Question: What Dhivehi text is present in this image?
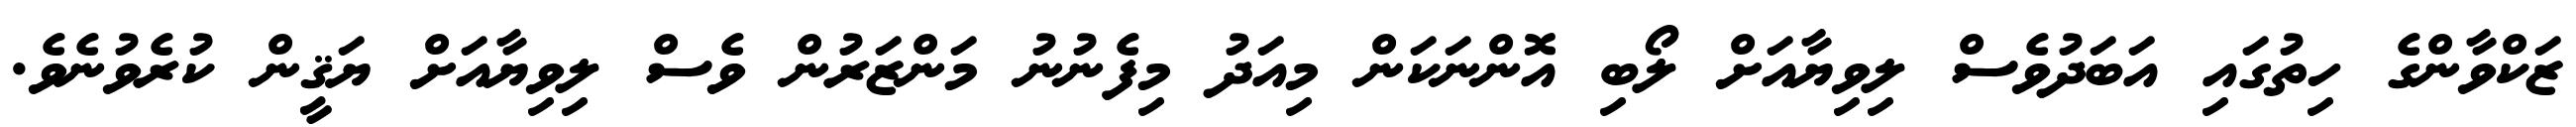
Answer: ޒަކްވާންގެ ހިތުގައި އަބަދުވެސް ލިވިޔާއަށް ލޯބި އޮންނަކަން މިއަދު މިފެނުނު މަންޒަރުން ވެސް ލިވިޔާއަށް ޔަޤީން ކުރެވުނެވެ.